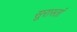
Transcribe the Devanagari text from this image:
सुरास्तां